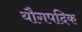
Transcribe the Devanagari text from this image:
यौगपदिक